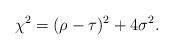
LaTeX: \begin{align*} \chi^{2}=(\rho-\tau)^{2}+4\sigma{}^{2}.\end{align*}